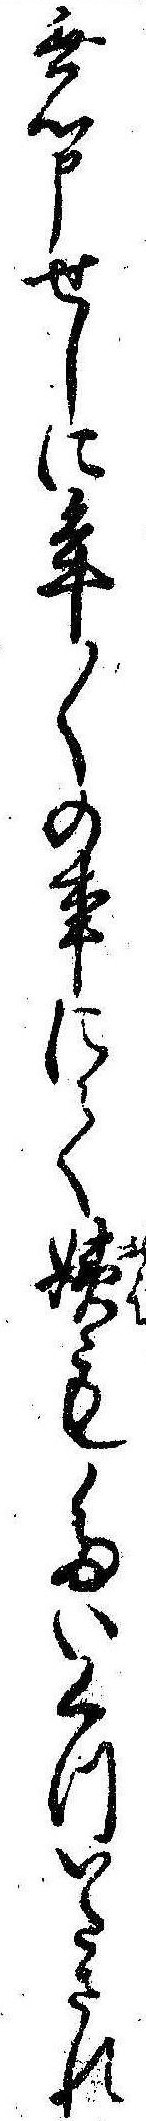
無心申せしに年〱の事にて姨もたいくついたされ